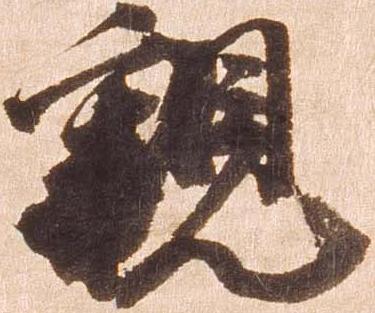
親